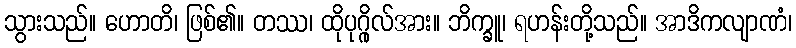
သွားသည်။ ဟောတိ၊ ဖြစ်၏။ တဿ၊ ထိုပုဂ္ဂိုလ်အား။ ဘိက္ခူ၊ ရဟန်းတို့သည်။ အာဒိကလျာဏံ၊